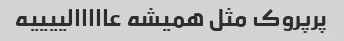
پرپروک مثل همیشه عااااالییییه